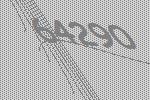
64290